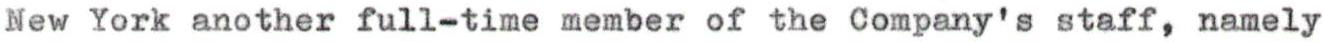
New York another full-time member of the Company's staff, namely